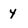
Character: y